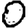
Digit: 0